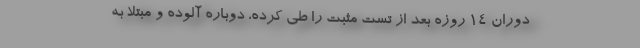
دوران 14 روزه بعد از تست مثبت را طی کرده، دوباره آلوده و مبتلا به